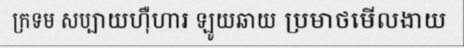
ក្រទម សប្បាយហ៊ឺហារ ឡូយឆាយ ប្រមាថមើលងាយ